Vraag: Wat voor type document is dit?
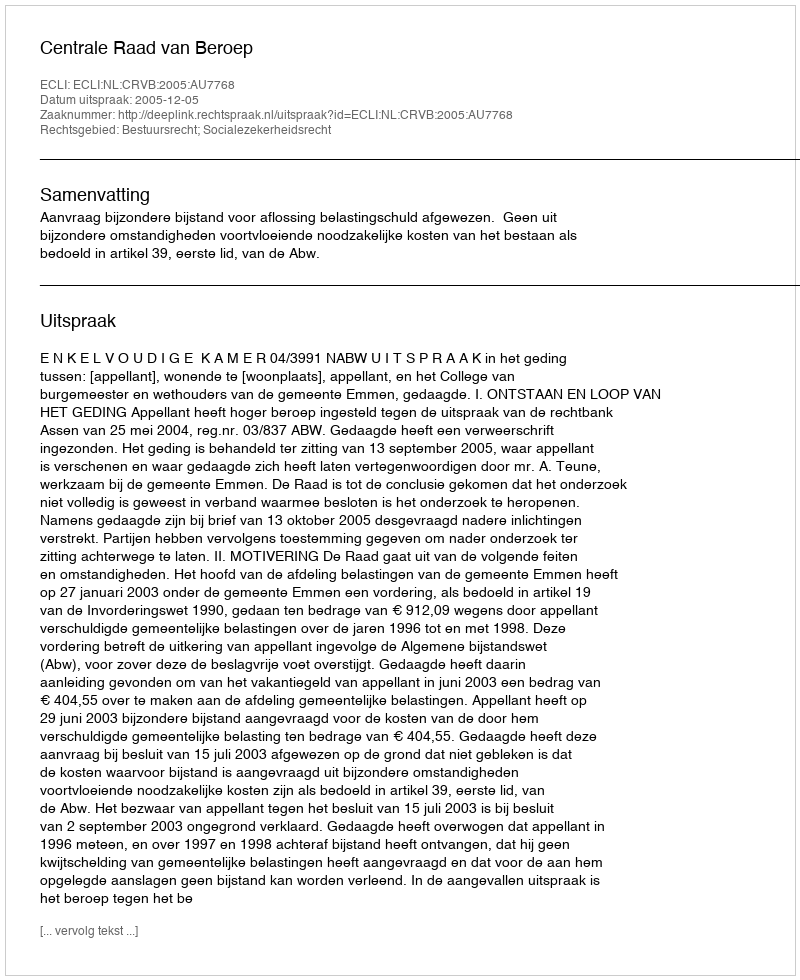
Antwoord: Uitspraak